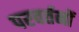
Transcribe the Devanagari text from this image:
परवर्तनों